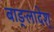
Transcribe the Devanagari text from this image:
बाङ्लादेश्